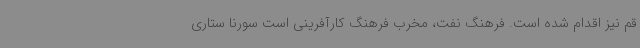
قم نیز اقدام شده است. فرهنگ نفت، مخرب فرهنگ کارآفرینی است سورنا ستاری